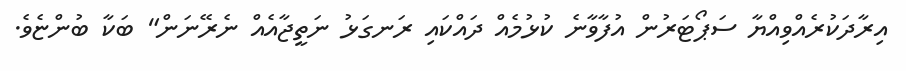
އިރާދަކުރެއްވިއްޔާ ސަޕޯޓަރުން އުފާވާނެ ކުޅުމެއް ދައްކައި ރަނގަޅު ނަތީޖާއެއް ނެރޭނަން" ބަކާ ބުންޏެވެ.